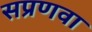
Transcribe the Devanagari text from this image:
सप्रणवा